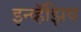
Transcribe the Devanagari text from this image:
इन्व्हॅझिव